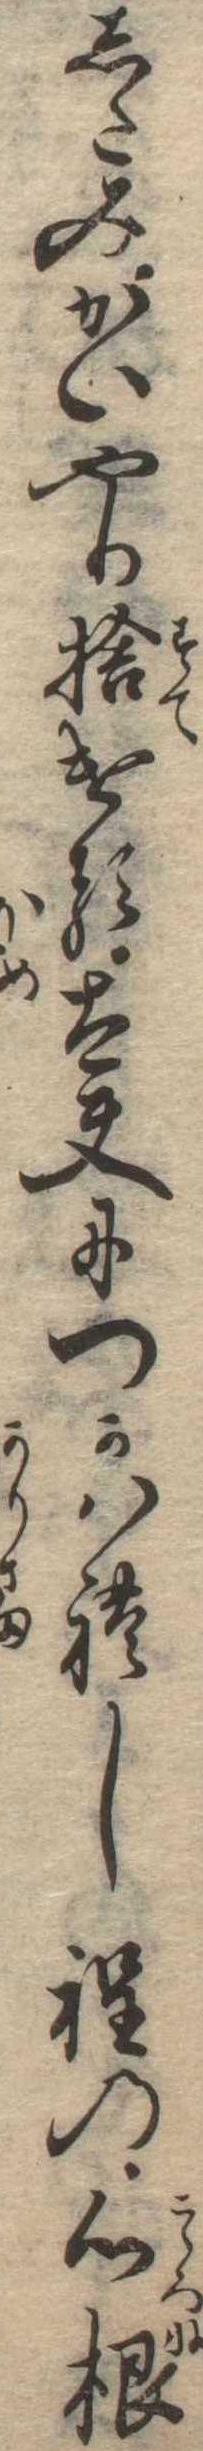
したみかいやり捨ける太夫につかはれし程の心根